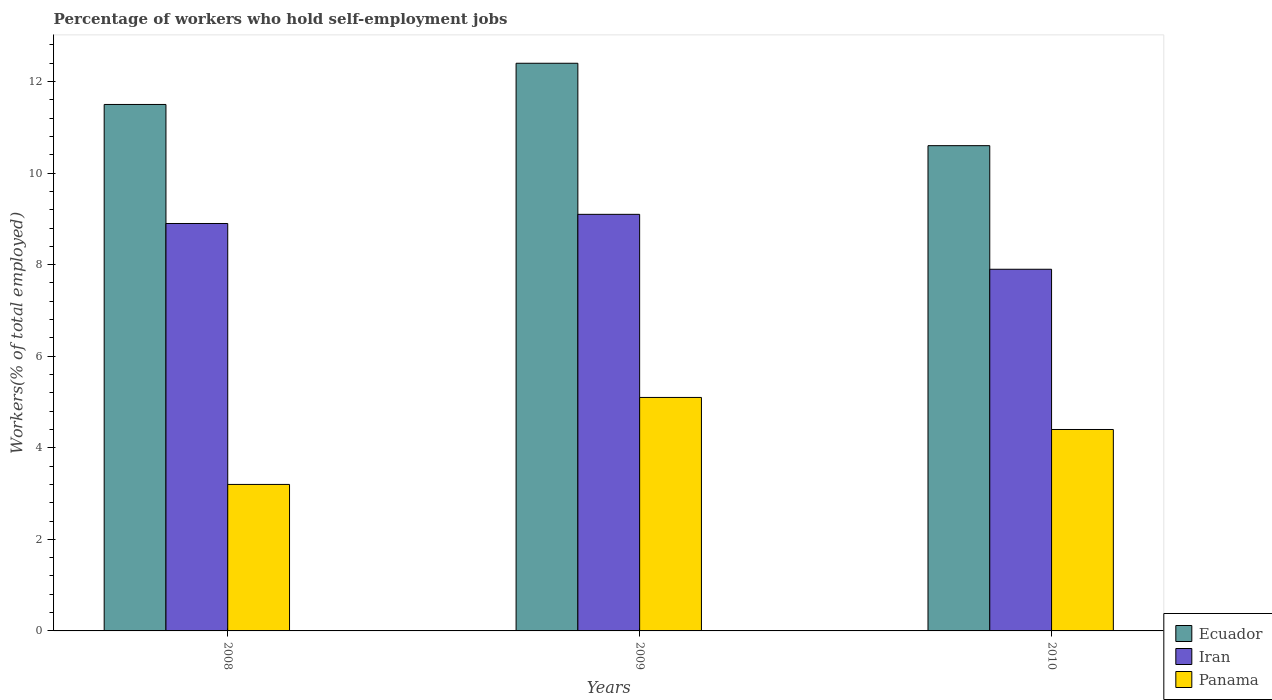
| Years | Ecuador | Iran | Panama |
 | --- | --- | --- | --- |
 | 2008 | 11.5 | 8.9 | 3.2 |
 | 2009 | 12.4 | 9.1 | 5.1 |
 | 2010 | 10.6 | 7.9 | 4.4 |